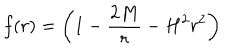
f ( r ) = \left( 1 - { \frac { 2 M } { r } } - H ^ { 2 } r ^ { 2 } \right)